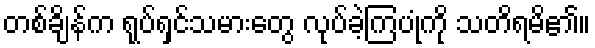
တစ်ချိန်က ရုပ်ရှင်သမားတွေ လုပ်ခဲ့ကြပုံကို သတိရမိ၏။